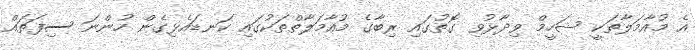
އެ މުއާމަލާތަކީ ޝަހީމް ވިދާޅުވި ގޮތުގައި ރިބާގެ މުއާމަލާތްތަކުގައި ކަނޑައެޅިގެން ހުންނަ ސިފަތައް